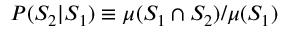
P ( S _ { 2 } | S _ { 1 } ) \equiv \mu ( S _ { 1 } \cap S _ { 2 } ) / \mu ( S _ { 1 } )